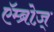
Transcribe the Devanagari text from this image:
एॅम्ब्रोज़्